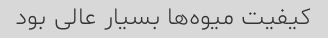
کیفیت میوه‌ها بسیار عالی بود